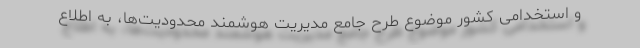
و استخدامی کشور موضوع طرح جامع مدیریت هوشمند محدودیت‌ها، به اطلاع